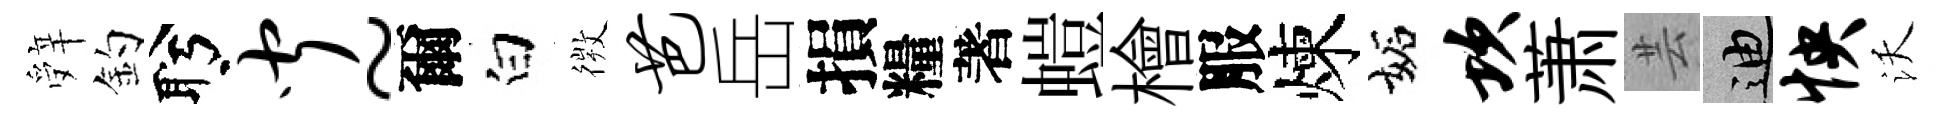
辤釣盻闻~爾白𢕄芭岳損糧著螘檜服煉妬坎萧芸迪怏沃